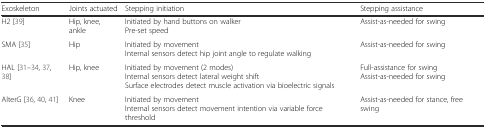
<table><thead><tr><td><b>Exoskeleton</b></td><td><b>Joints actuated</b></td><td><b>Stepping initiation</b></td><td><b>Stepping assistance</b></td></tr></thead><tbody><tr><td>H2 [39]</td><td>Hip, knee, ankle</td><td>Initiated by hand buttons on walkerPre-set speed</td><td>Assist-as-needed for swing</td></tr><tr><td>SMA [35]</td><td>Hip</td><td>Initiated by movementInternal sensors detect hip joint angle to regulate walking</td><td>Assist-as-needed for swing</td></tr><tr><td>HAL [31–34, 37, 38]</td><td>Hip, knee</td><td>Initiated by movement (2 modes)Internal sensors detect lateral weight shiftSurface electrodes detect muscle activation via bioelectric signals</td><td>Full-assistance for swingAssist-as-needed for swing</td></tr><tr><td>AlterG [36, 40, 41]</td><td>Knee</td><td>Initiated by movementInternal sensors detect movement intention via variable force threshold</td><td>Assist-as-needed for stance, free swing</td></tr></tbody></table>